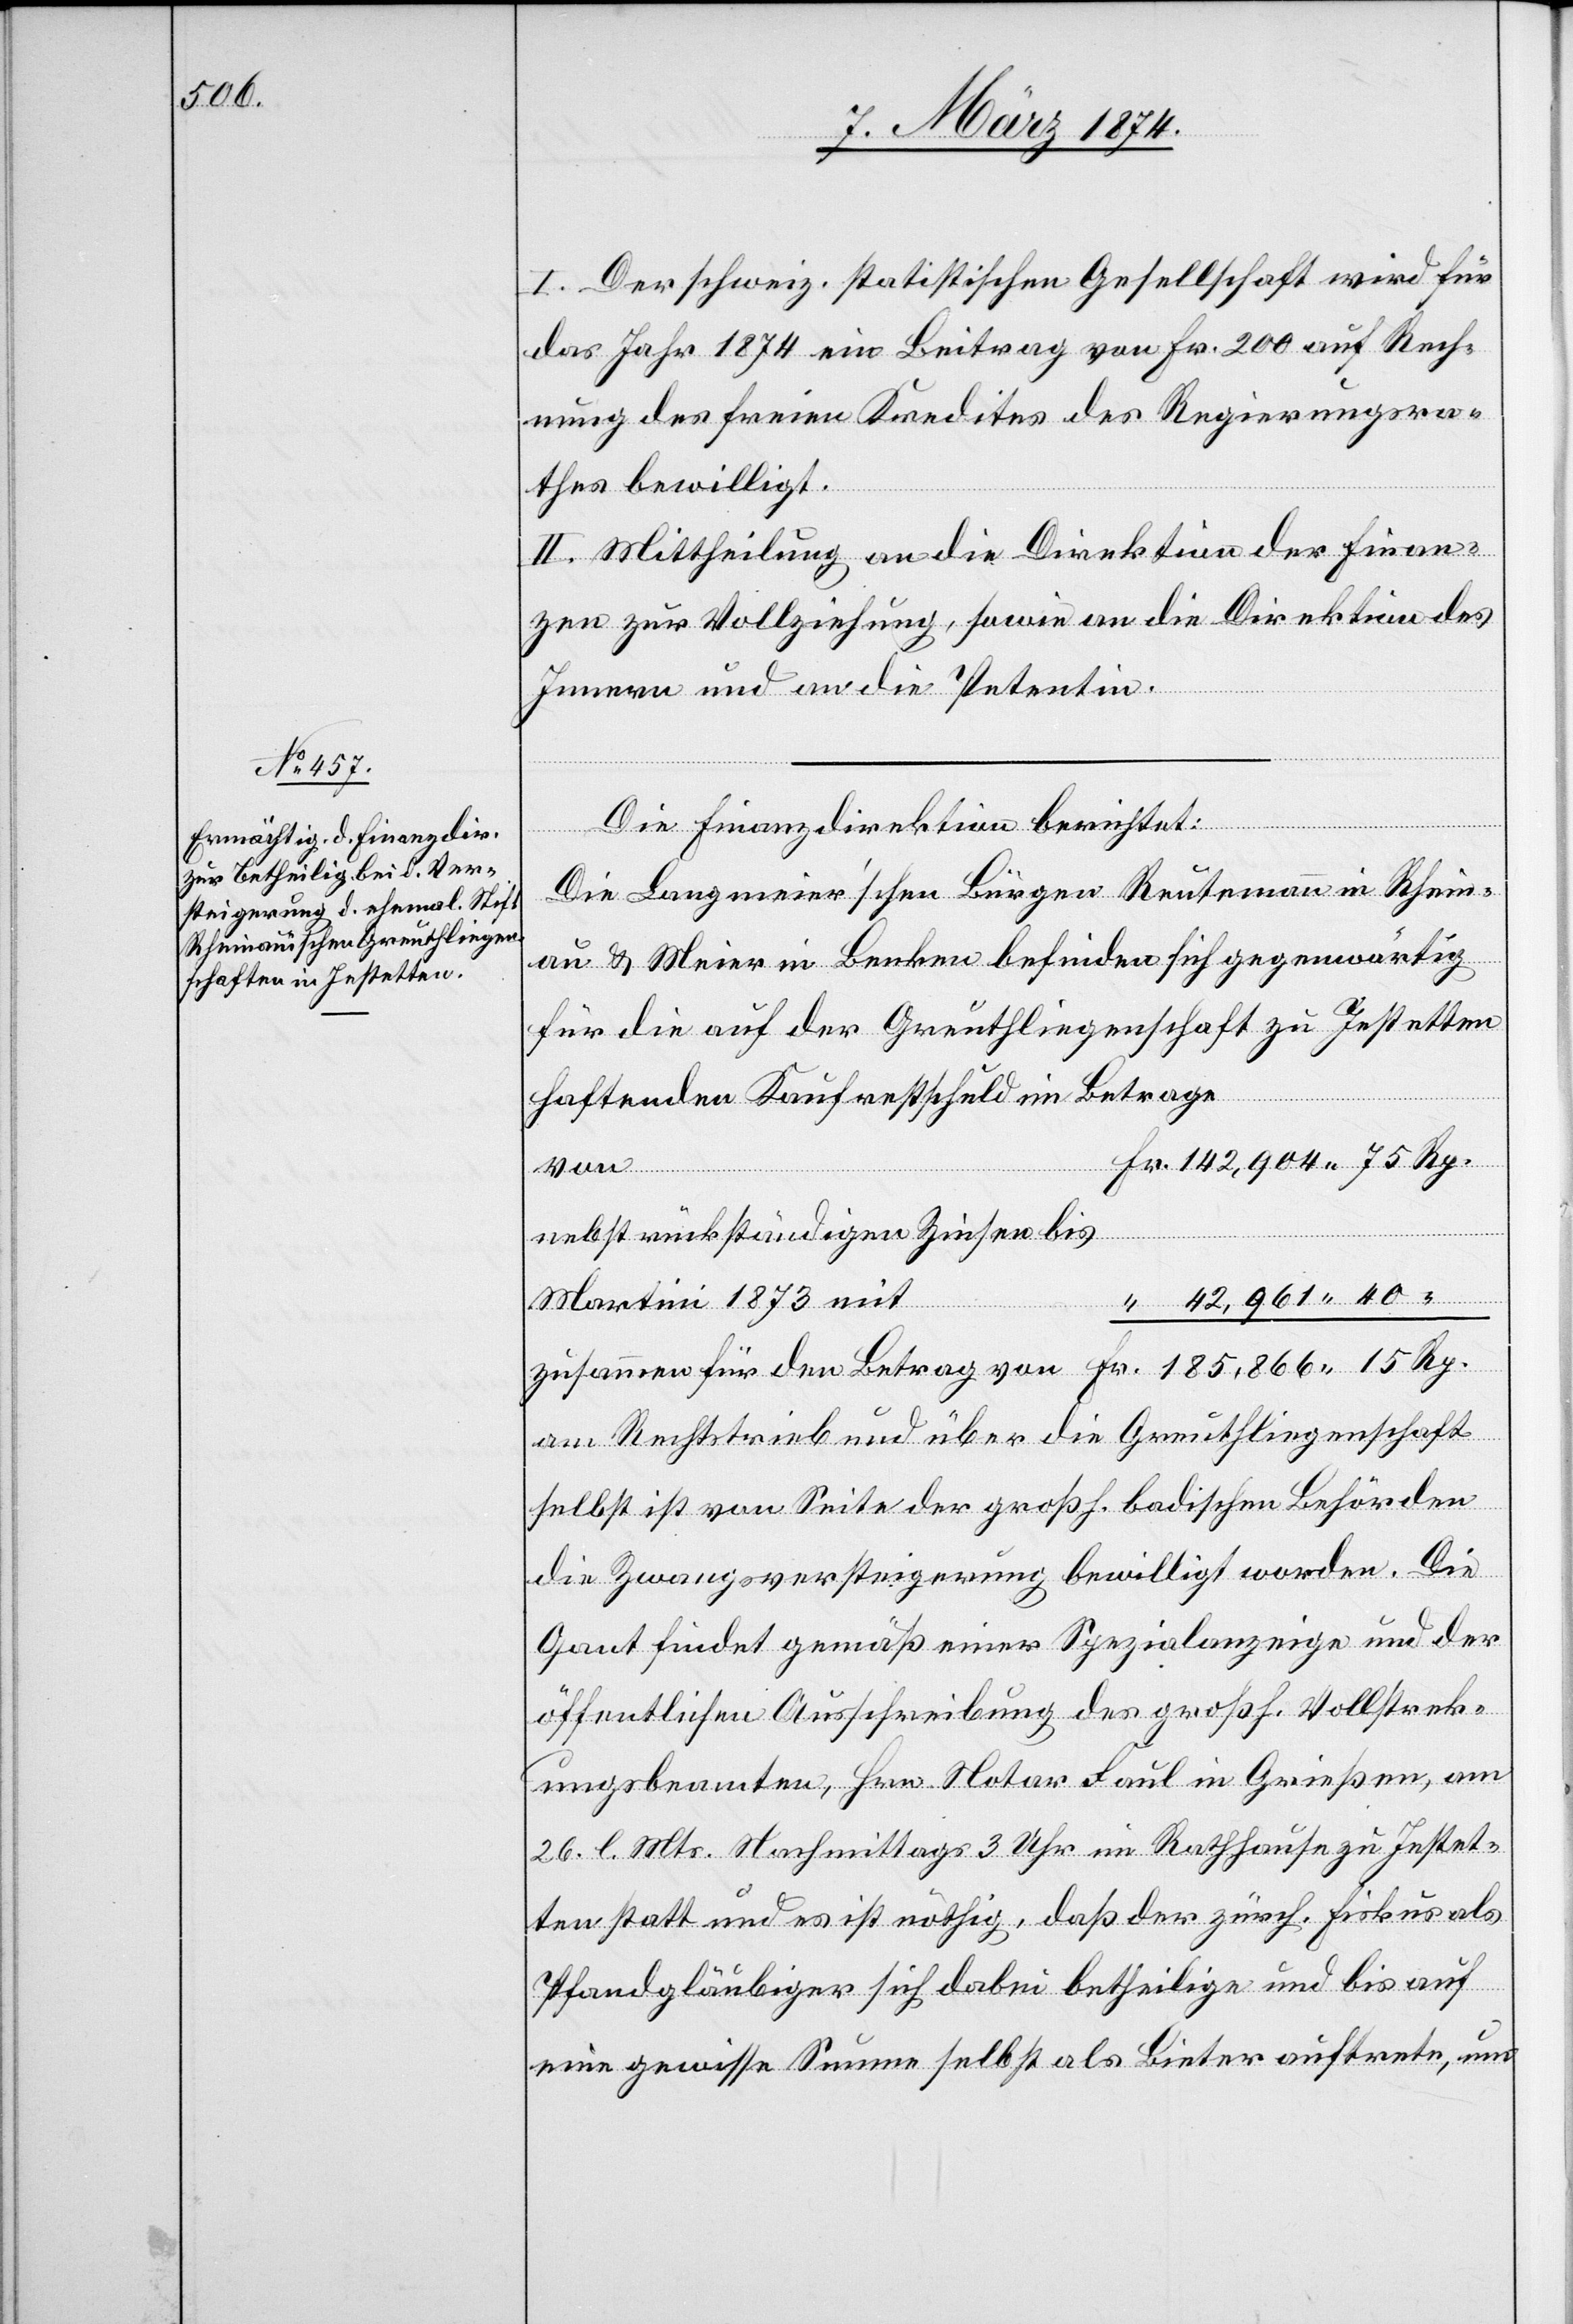
I. Der schweiz. statistischen Gesellschaft wird für
das Jahr 1874 ein Beitrag von Fr. 200 auf Rech¬
nung des freien Kredites des Regierungsra¬
thes bewilligt.
II. Mittheilung an die Direktion der Finan¬
zen zur Vollziehung, sowie an die Direktion des
Innern und an die Petentin.
Die Finanzdirektion berichtet:
Die Langmeier’schen Bürgen Reutemann in Rhein¬
au u. Meier in Benken befinden sich gegenwärtig
für die auf der Greuthliegenschaft zu Jestetten
haftenden Kauferstschuld im Betrage
142,904.75 Rp.
nebst rückständigen Zinsen bis
“ 42,961.40 “
zusammen für den Betrag von 		Fr. 185,866.15 Rp.
am Rechtstrieb und über die Greuthliegenschaft
selbst ist von Seite der großh. badischen Behörden
die Zwangsversteigerung bewilligt worden. Die
Gant findet gemäß einer Spezialanzeige und der
öffentlichen Ausschreibung des großh. Vollstreck¬
ungsbeamten, Hrn. Notar Saul in Grießen, am
26. l. Mts. Nachmittags 3 Uhr im Rathhause zu Jestet¬
ten statt und es ist nöthig, daß der zürch. Fiskus als
Pfandgläubiger sich dabei betheilige und bis auf
eine gewisse Summe selbst als Bieter auftrete, um